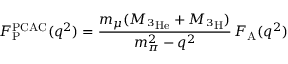
F _ { \mathrm { P } } ^ { \mathrm { P C A C } } ( q ^ { 2 } ) = \frac { m _ { \mu } ( M _ { ^ 3 \mathrm { H e } } + M _ { ^ 3 \mathrm { H } } ) } { m _ { \pi } ^ { 2 } - q ^ { 2 } } \, F _ { \mathrm { A } } ( q ^ { 2 } ) \ \,